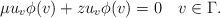
LaTeX: \begin{align*}\mu u_v\phi(v) + z u_v\phi(v) = 0 \quad{v\in\Gamma.}\end{align*}